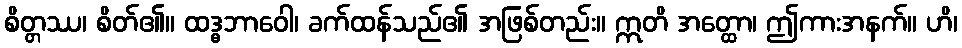
စိတ္တဿ၊ စိတ်၏။ ထဒ္ဓဘာဝေါ၊ ခက်ထန်သည်၏ အဖြစ်တည်း။ ဣတိ အတ္ထော၊ ဤကားအနက်။ ဟိ၊